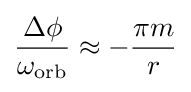
{\frac {\Delta \phi }{\omega _{\rm {orb}}}}\approx -{\frac {\pi m}{r}}